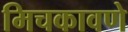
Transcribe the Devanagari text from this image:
मिचकावणे